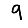
Digit: 9